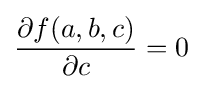
{\frac {\partial f(a,b,c)}{\partial c}}=0